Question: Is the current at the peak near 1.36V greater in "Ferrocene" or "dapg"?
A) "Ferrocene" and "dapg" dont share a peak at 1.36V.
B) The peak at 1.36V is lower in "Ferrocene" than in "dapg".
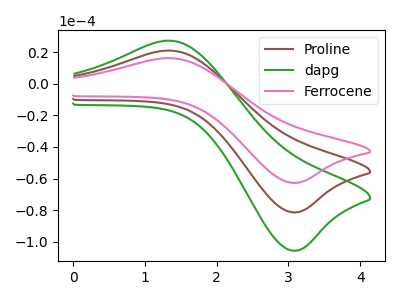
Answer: <think>The brown curve "Proline" has an anodic peak at (1.35V, 20.95uA) and a cathodic peak at (3.10V, -81.35uA). The green curve "dapg" has an anodic peak at (1.35V, 41.95uA) and a cathodic peak at (3.10V, -162.70uA). The pink curve "Ferrocene" has an anodic peak at (1.35V, 16.15uA) and a cathodic peak at (3.10V, -62.70uA).</think>
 <answer>B) The peak at 1.36V is lower in "Ferrocene" than in "dapg".</answer>
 <eval>B</eval>